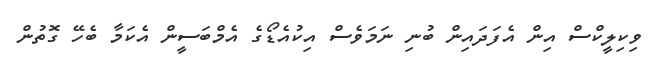
ވިކިލީކްސް އިން އެފަދައިން ބުނި ނަމަވެސް އިކުއެޑޯގެ އެމްބަސީން އެކަމާ ބެހޭ ގޮތުން